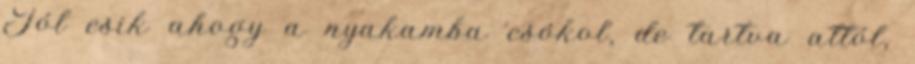
Jól esik ahogy a nyakamba csókol, de tartva attól,